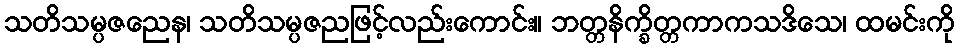
သတိသမ္ပဇညေန၊ သတိသမ္ပဇညဖြင့်လည်းကောင်း။ ဘတ္တနိက္ခိတ္တကာကသဒိသေ၊ ထမင်းကို